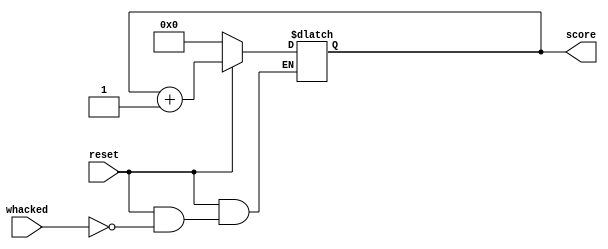
`timescale 1ns / 1ps
//////////////////////////////////////////////////////////////////////////////////
// Company: 
// Engineer: 
// 
// Design Name: 
// Module Name: ScoreHandler
// Project Name: 
// Target Devices: 
// Tool Versions: 
// Description: 
// 
// Dependencies: 
// 
// Revision:
// Revision 0.01 - File Created
// Additional Comments:
// 
//////////////////////////////////////////////////////////////////////////////////


module ScoreHandler(
    input whacked,
    input reset,
    output reg [15:0] score
    );
    
    always @ (whacked or reset) begin
        if (reset == 0) score = 16'b0;
        else if (whacked)score = score + 1;
    end 
endmodule